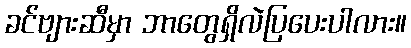
ခင်ဗျားဆီမှာ ဘာတွေရှိလဲပြပေးပါလား။